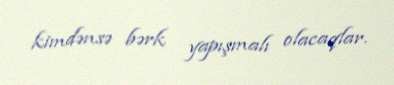
kimdənsə bərk yapışmalı olacaqlar.